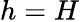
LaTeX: h=H